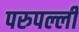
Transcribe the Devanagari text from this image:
परुपल्ली